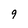
Character: 9